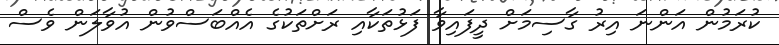
ކުރަމުން އަންނަ އިރު ގާސިމަށް ދީފައިވާ ފަޅުތަކާއި ރަށްތަކުގެ އެއްބަސްވުން އުވާލަން ވެސް